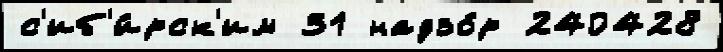
с'иб'и́рск'им 31 надзо́р 240428